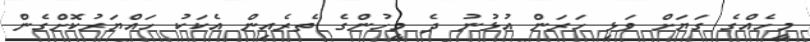
މީހެއްގެ ގަޔަށް ވަޅި ހަރަން އުޅުނު ދެ މީހުންގެ ތެރެއިން އެކަކު ހައްޔަރުކޮށްގެން